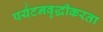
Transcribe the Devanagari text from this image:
पर्यटनवृद्धीकरता